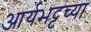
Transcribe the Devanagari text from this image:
आर्यभट्टच्या